Leaving Certificate Examination, 1915
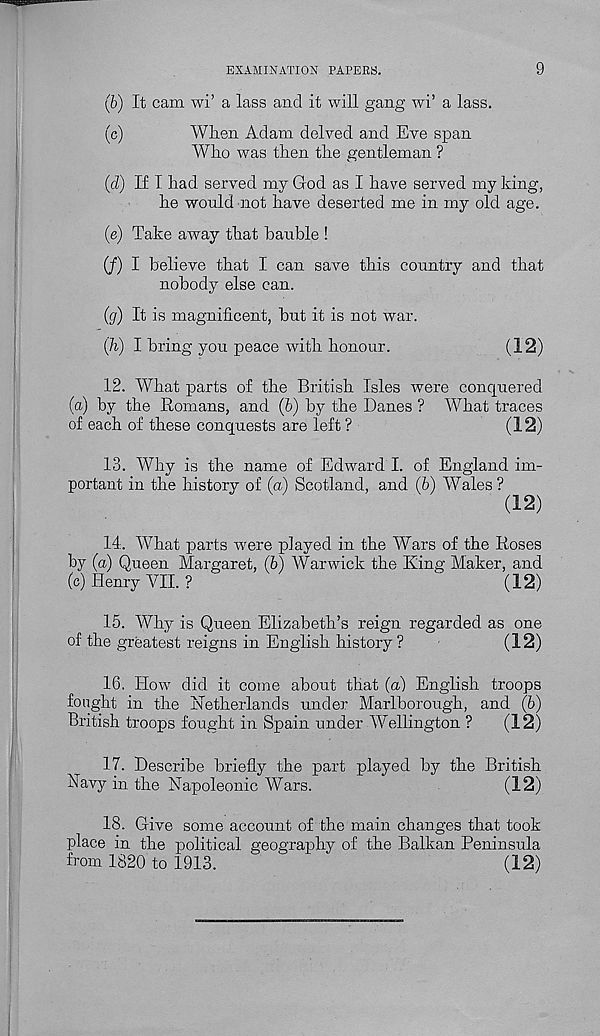
EXAMINATION PAPERS.
9
(6) It cam wi’ a lass and it will gang wi’ a lass.
(c)
Wlien Adam delved and Eve span
Who was then the gentleman ?
(cl) If I had served my God as I have served my king,
he would not have deserted me in my old age.
(e) Take away that bauble !
(/) I believe that I can save this country and that
nobody else can.
(g) It is magnificent, but it is not war.
(h) I bring you peace with honour.
(12)
12. What parts of the British Isles were conquered
(a) by the Romans, and (b) by the Danes ? What traces
of each of these conquests are left ?
(12)
13. Why is the name of Edward I. of England im-
portant in the historv of (a) Scotland, and (6) Wales ?
(12)
14. What parts were played in the Wars of the Roses
by (a) Queen Margaret, (b) Warwick the King Maker, and
(c) Henry VII. ?
(12)
15. Why is Queen Elizabeth’s reign regarded as one
of the greatest reigns in English history ?
(12)
16. How did it come about that (a) English troops
fought in the Netherlands under Marlborough, and (6)
British troops fought in Spain under Wellington ?
(12)
17. Describe briefly the part played by the British
Navy in the Napoleonic Wars.
(12)
18. Give some account of the main changes that took
place in the political geography of the Balkan Peninsula
from 1820 to 1913.
(12)